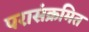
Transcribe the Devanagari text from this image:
परासंक्रमित